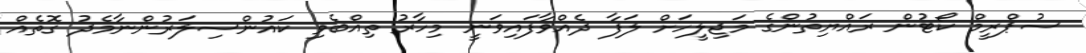
ސުޕްރީމް ކޯޓުން ރައްޔިތުންގެ މަޖިލީހަށް ލަފާ ދެއްވާފައިވަނީ މިހާރު ތިއްބެވި ކައުންސިލަރުންނާމެދު ގޮތެއް